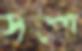
সঁপো